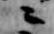
々